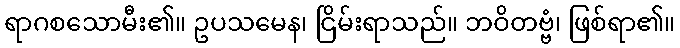
ရာဂစသောမီး၏။ ဥပသမေန၊ ငြိမ်းရာသည်။ ဘဝိတဗ္ဗံ၊ ဖြစ်ရာ၏။